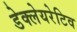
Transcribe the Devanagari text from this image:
डेक्लेयरेटिव